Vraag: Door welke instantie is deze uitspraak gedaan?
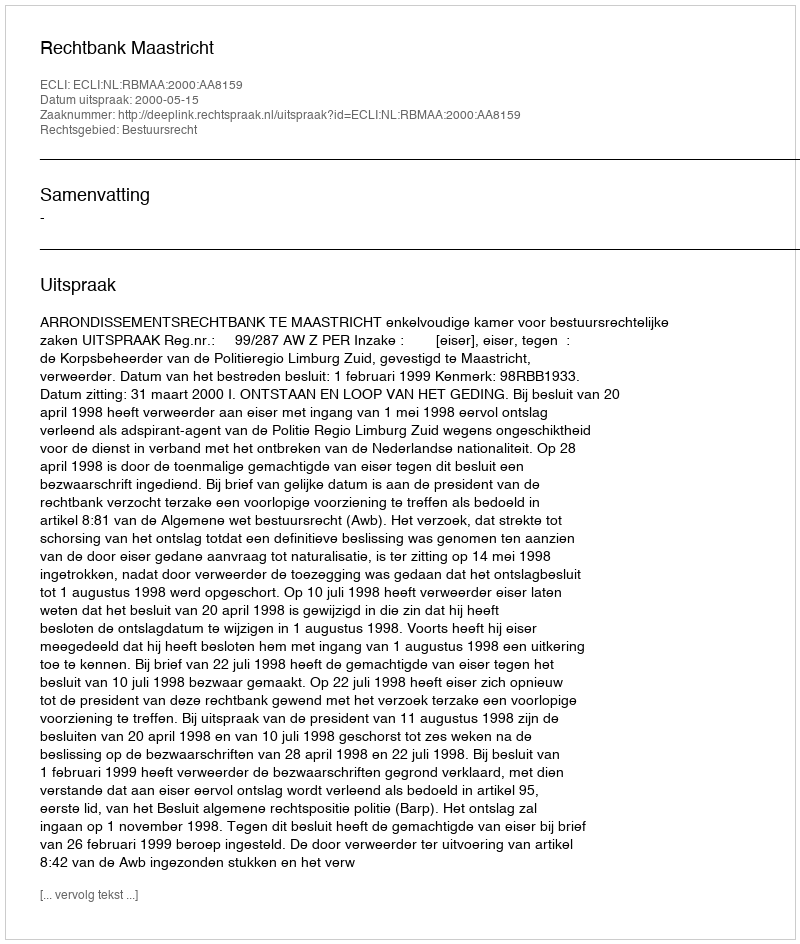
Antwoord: Rechtbank Maastricht